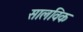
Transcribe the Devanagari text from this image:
सालविक